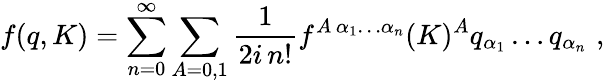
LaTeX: f(q,K)=\sum_{n=0}^{\infty}\sum_{A=0,1}\frac{1}{2i\, n!}f^{A\, \alpha_{1}\ldots\alpha_{n}}(K)^{A}q_{\alpha_{1}}\ldots q_{\alpha_{n}}\, \, ,